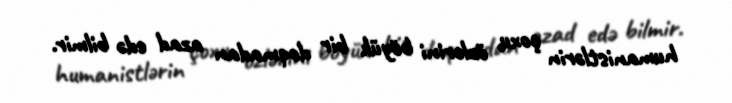
humanistlərin çoxu özlərini böyük bir doqmadan azad edə bilmir.